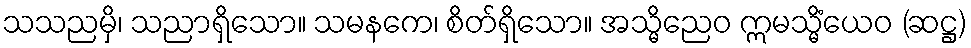
သသညမှိ၊ သညာရှိသော။ သမနကေ၊ စိတ်ရှိသော။ အသ္မိညေဝ ဣမသ္မိံယေဝ (ဆဋ္ဌ)